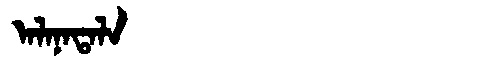
Manchu: ᠠᠯᠠᠨᠠᡨᠠᠯᠠ
Romanization: ALANATALA